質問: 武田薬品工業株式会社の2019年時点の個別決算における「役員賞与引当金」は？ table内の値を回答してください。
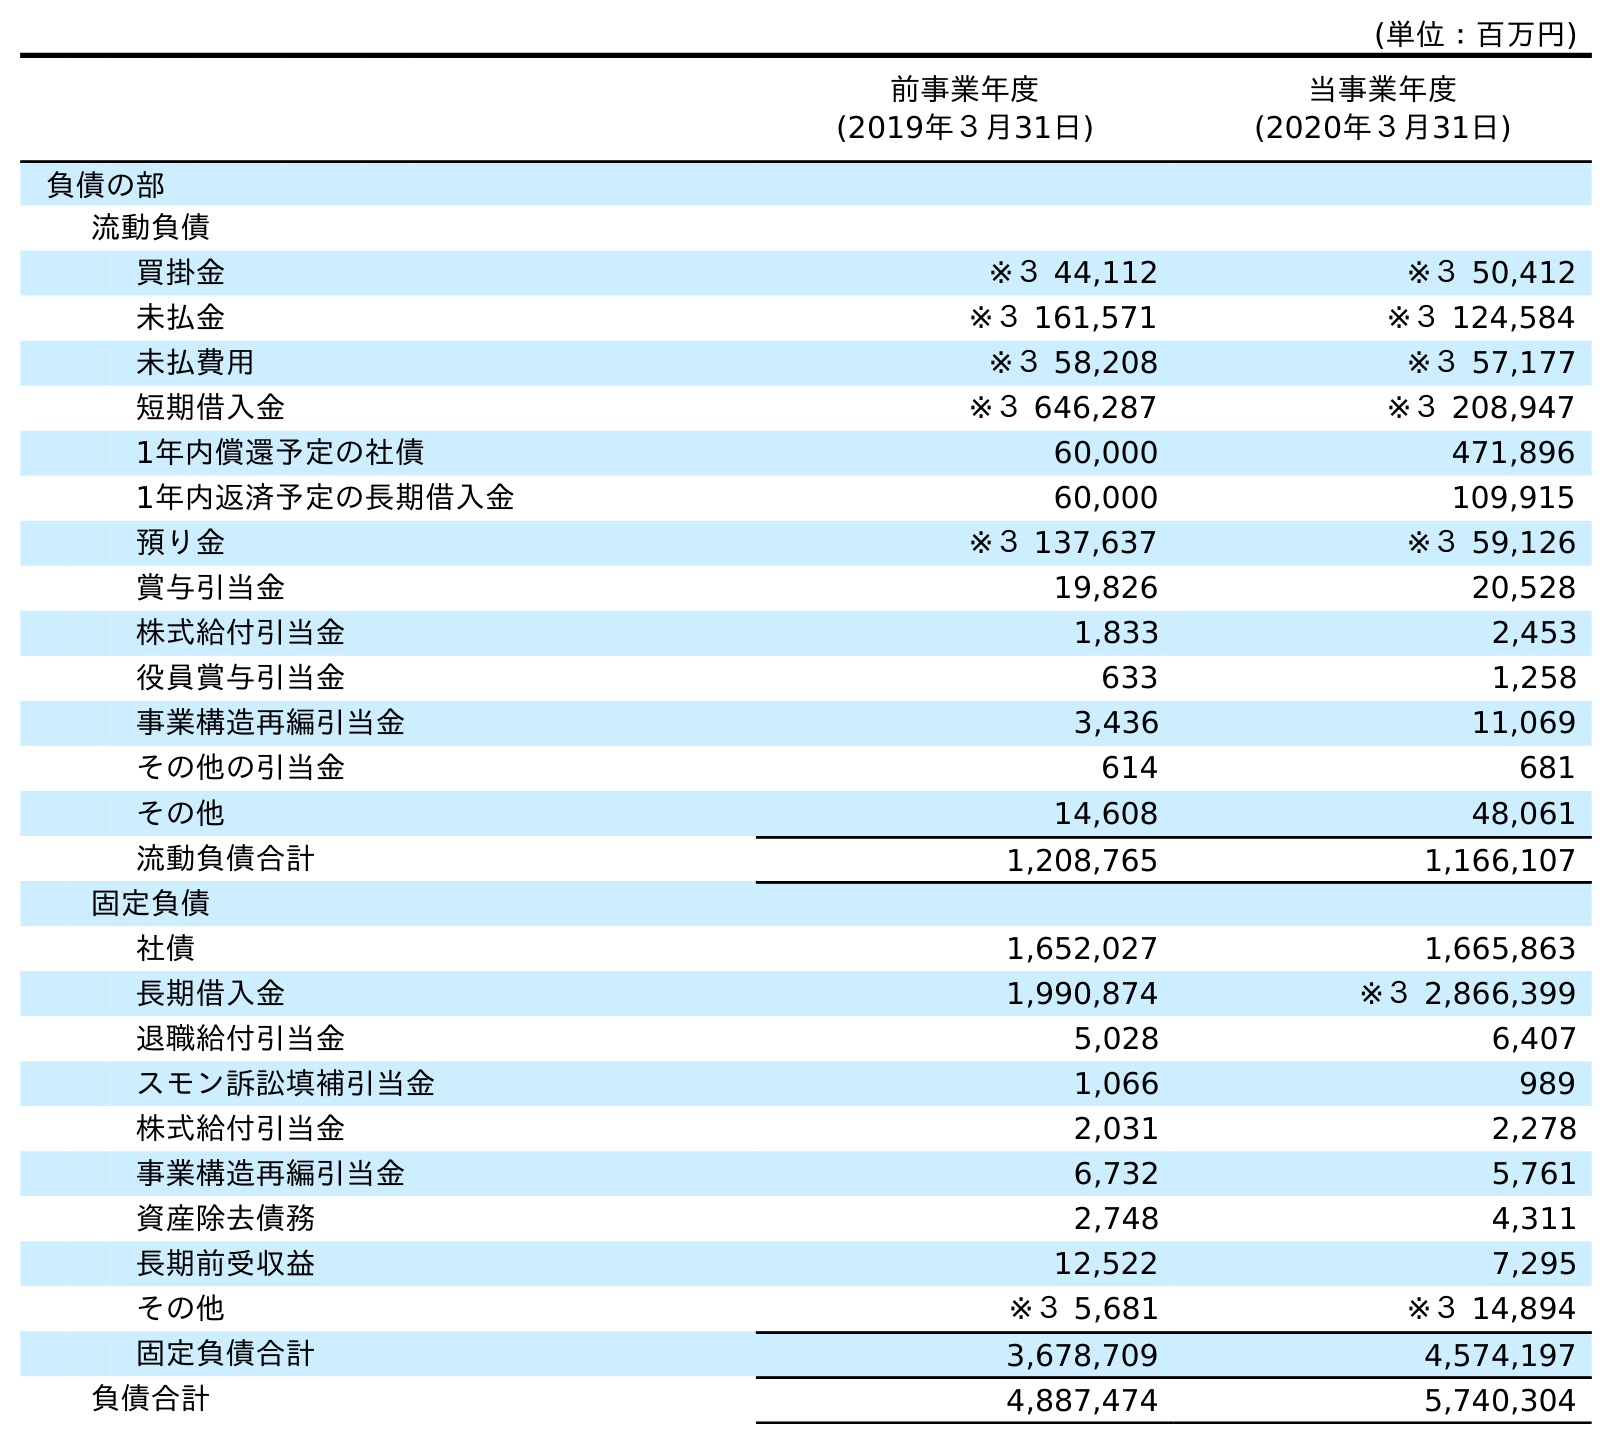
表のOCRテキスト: (単位：百万円) 前事業年度 (2019年３月31日) 当事業年度 (2020年３月31日) 負債の部 流動負債 買掛金 ※３ 44,112 ※３ 50,412 未払金 ※３ 161,571 ※３ 124,584 未払費用 ※３ 58,208 ※３ 57,177 短期借入金 ※３ 646,287 ※３ 208,947 1年内償還予定の社債 60,000 471,896 1年内返済予定の長期借入金 60,000 109,915 預り金 ※３ 137,637 ※３ 59,126 賞与引当金 19,826 20,528 株式給付引当金 1,833 2,453 役員賞与引当金 633 1,258 事業構造再編引当金 3,436 11,069 その他の引当金 614 681 その他 14,608 48,061 流動負債合計 1,208,765 1,166,107 固定負債 社債 1,652,027 1,665,863 長期借入金 1,990,874 ※３ 2,866,399 退職給付引当金 5,028 6,407 スモン訴訟填補引当金 1,066 989 株式給付引当金 2,031 2,278 事業構造再編引当金 6,732 5,761 資産除去債務 2,748 4,311 長期前受収益 12,522 7,295 その他 ※３ 5,681 ※３ 14,894 固定負債合計 3,678,709 4,574,197 負債合計 4,887,474 5,740,304
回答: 633